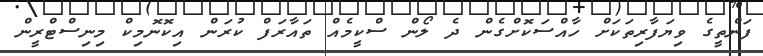
ފަންތީގެ ވިޔަފާރިތަކަށް ހާއްސަކޮށްގެން ދެ ލޯން ސްކީމެއް ތައާރަފް ކުރަން އިކޮނޮމިކް މިނިސްޓްރީން